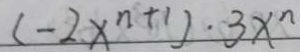
( - 2 x ^ { n + 1 } ) \cdot 3 x ^ { n }